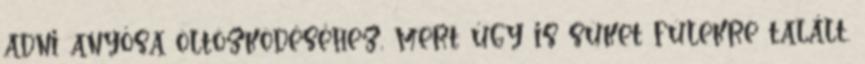
adni anyósa öltözködéséhez, mert úgy is süket fülekre talált.